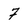
Character: 7